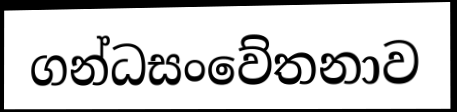
ගන්ධසංවේතනාව